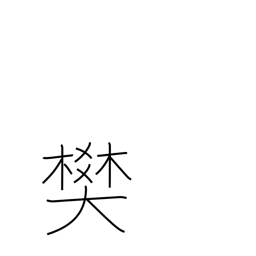
Meaning: pen